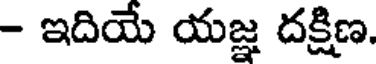
- ఇదియే యజ్ఞ దక్షిణ.